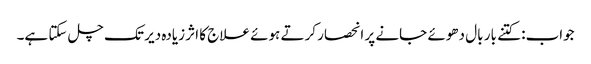
جواب: کتنے بار بال دھوئے جانے پر انحصار کرتے ہوئے علاج کا اثر زیادہ دیر تک چل سکتا ہے۔